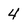
Character: 4